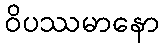
ဝိပဿမာနော